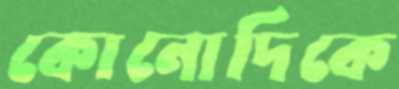
কোনোদিকে